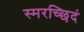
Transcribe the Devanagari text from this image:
स्मरच्छिदं